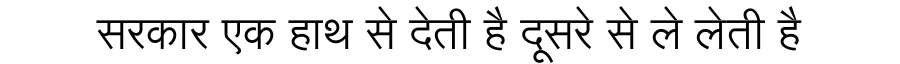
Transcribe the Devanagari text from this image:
सरकार एक हाथ से देती है दूसरे से ले लेती है